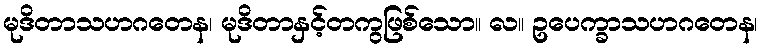
မုဒိတာသဟဂတေန၊ မုဒိတာနှင့်တကွဖြစ်သော။ လ။ ဥပေက္ခာသဟဂတေန၊